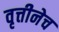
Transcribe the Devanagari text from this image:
वृत्तीनेच